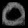
Digit: ၀